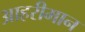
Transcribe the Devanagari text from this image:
आहरीमान